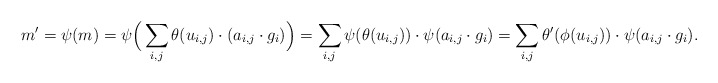
\begin{align*}m' = \psi(m) = \psi\Big( \sum_{i,j} \theta(u_{i,j}) \cdot (a_{i,j} \cdot g_i) \Big) = \sum_{i,j} \psi(\theta(u_{i,j})) \cdot \psi(a_{i,j} \cdot g_i) = \sum_{i,j} \theta'(\phi(u_{i,j})) \cdot \psi(a_{i,j} \cdot g_i).\end{align*}